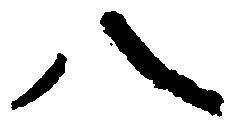
八